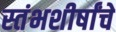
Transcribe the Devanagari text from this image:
स्तंभशीर्षांचे